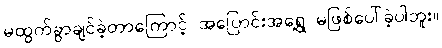
မထွက်ခွာချင်ခဲ့တာကြောင့် အပြောင်းအရွေ့ မဖြစ်ပေါ်ခဲ့ပါဘူး။